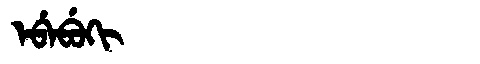
Manchu: ᡝᠪᡝᠪᡠᡴᡳ
Romanization: EBEBUKI